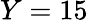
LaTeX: Y=15